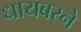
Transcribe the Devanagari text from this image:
धायबरने